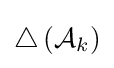
\triangle \left({\mathcal {A}}_{k}\right)